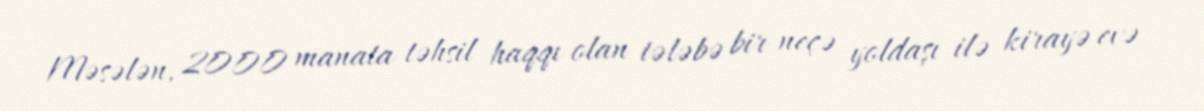
Məsələn, 2000 manata təhsil haqqı olan tələbə bir neçə yoldaşı ilə kirayə evə